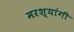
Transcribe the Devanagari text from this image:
मरश्यांगी